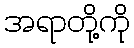
အရာတို့ကို